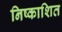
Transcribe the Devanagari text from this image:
निष्काशित